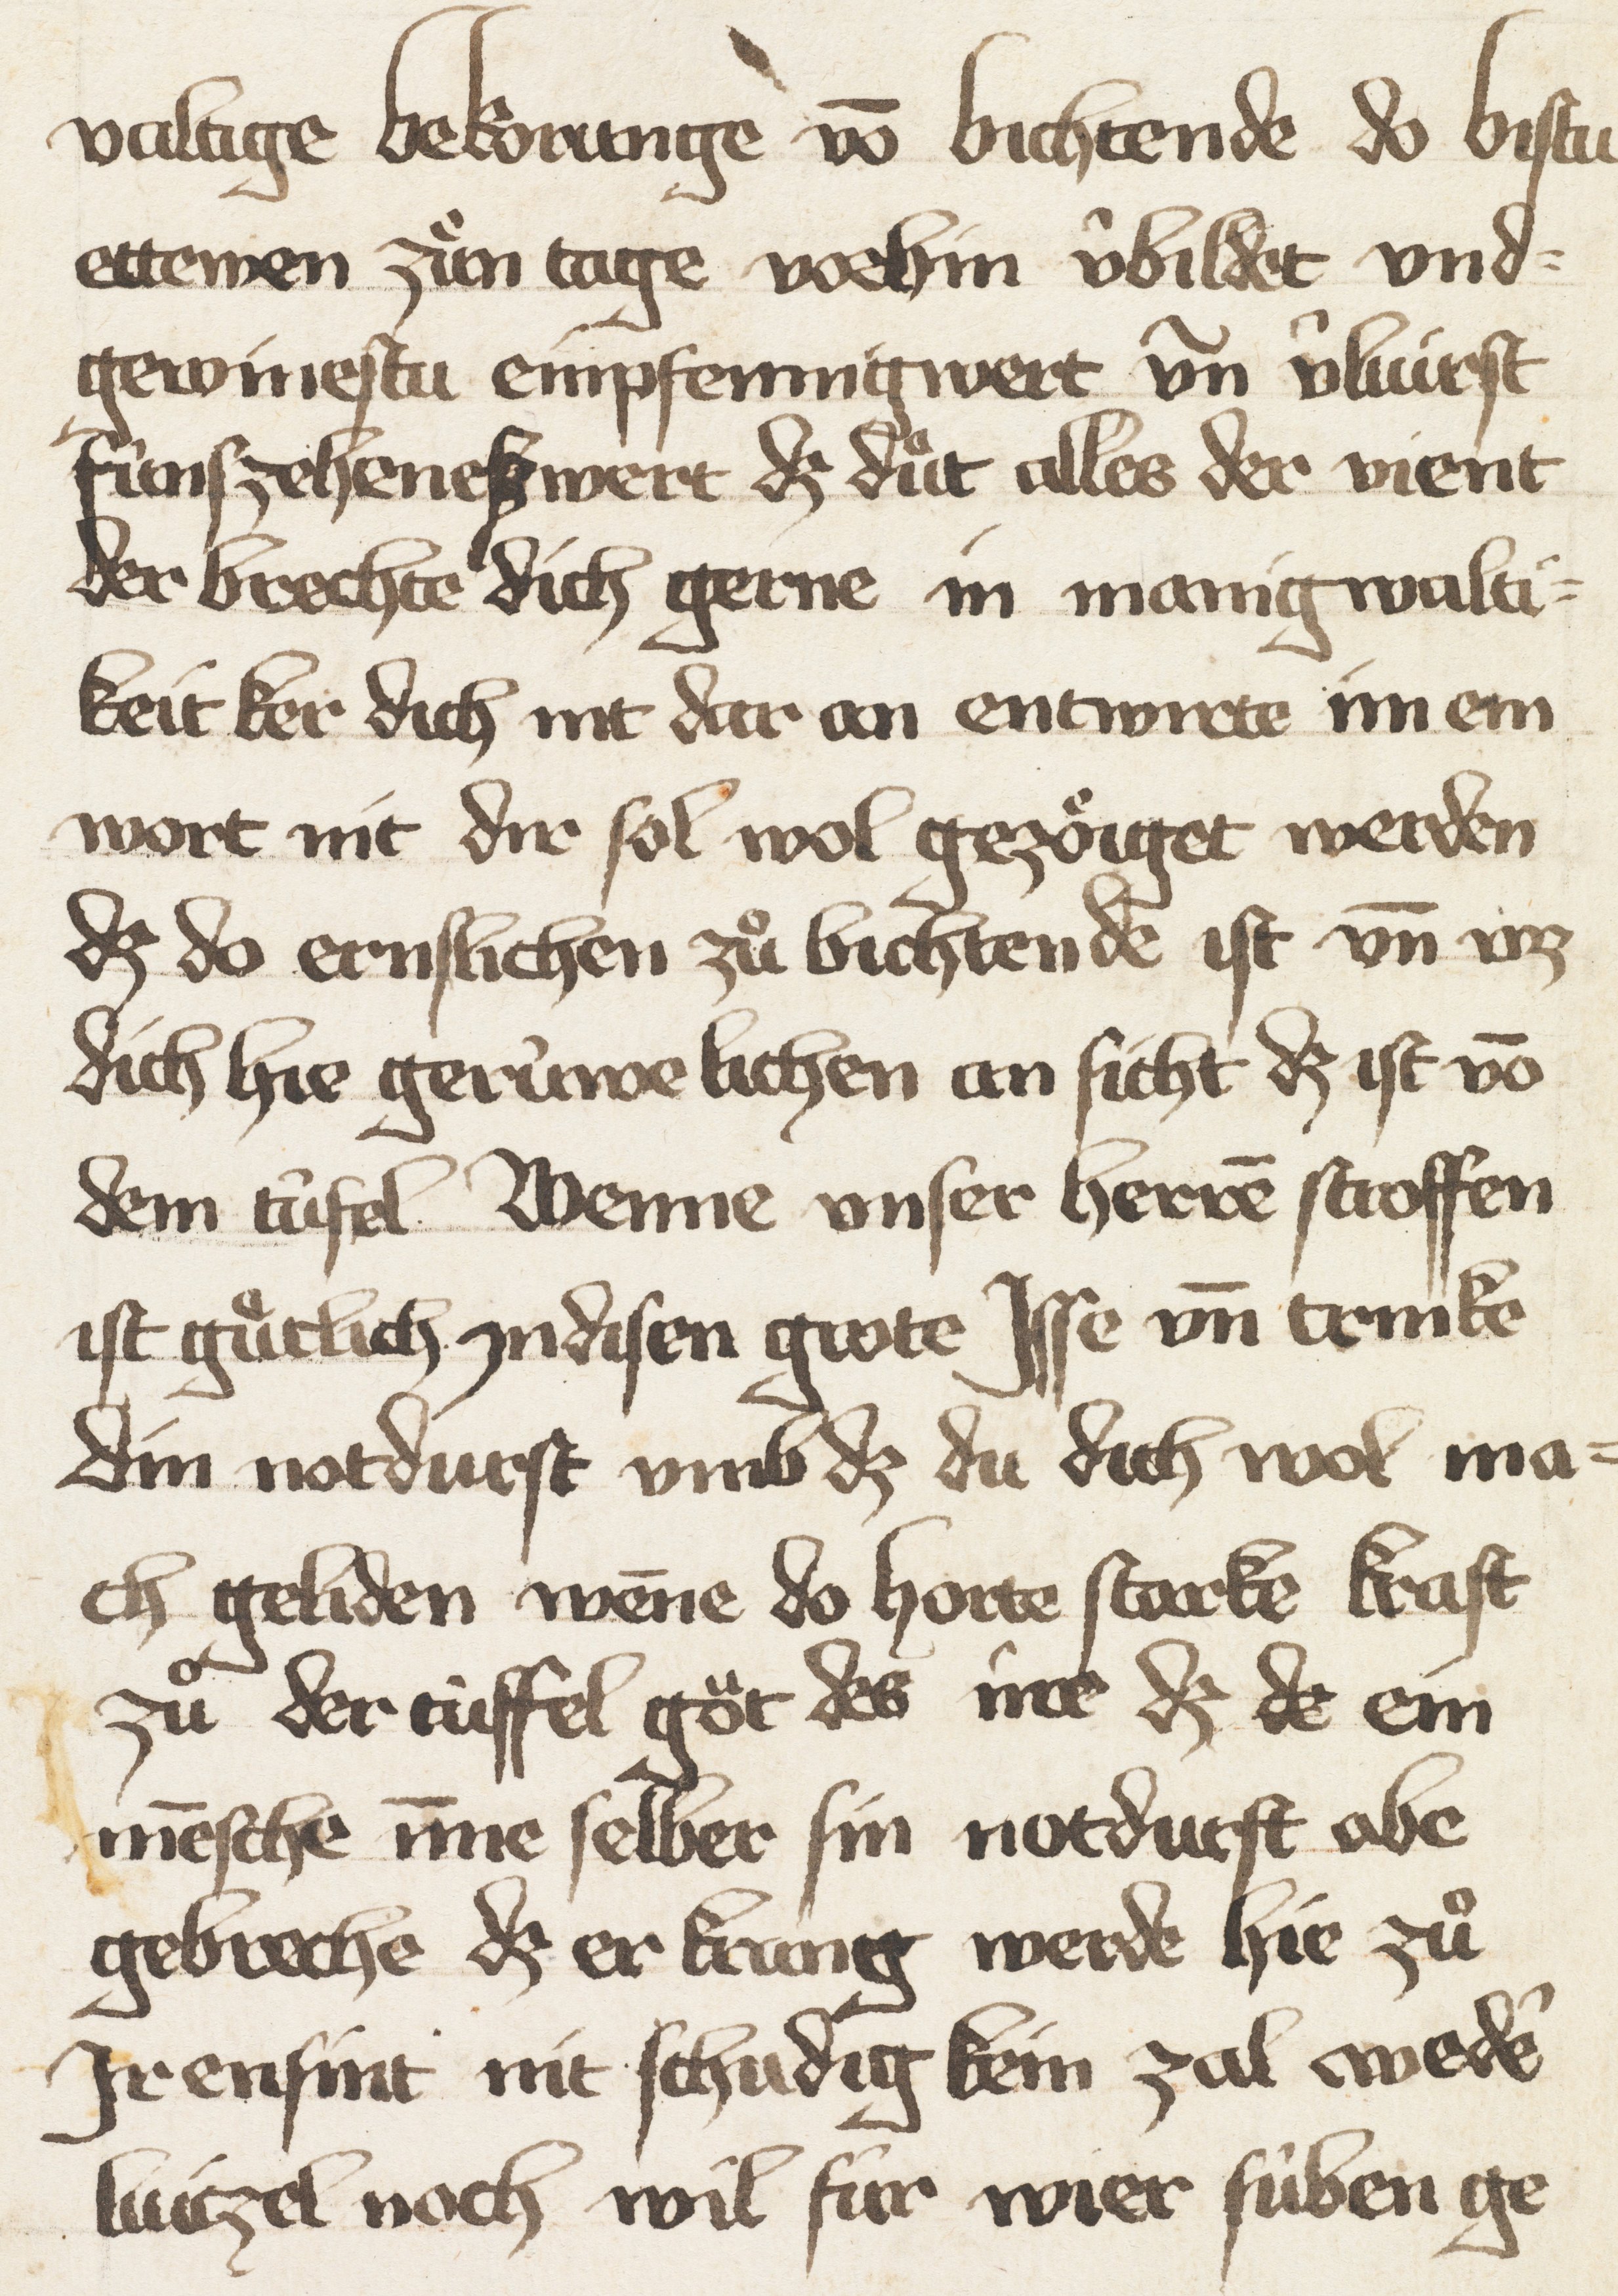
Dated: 1400–1499